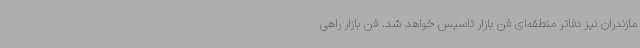
مازندران نیز دفاتر منطقه‌ای فن بازار تاسیس خواهد شد. فن بازار راهی